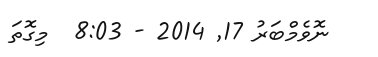
ނޮވެމްބަރު 17